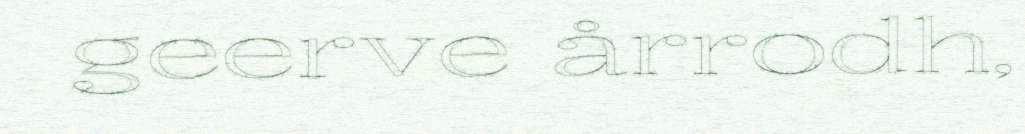
geerve årrodh,